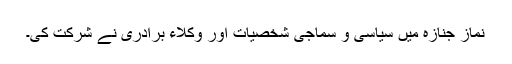
نماز جنازہ میں سیاسی و سماجی شخصیات اور وکلاء برادری نے شرکت کی۔